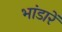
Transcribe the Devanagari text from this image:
भांडारें